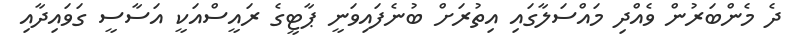
ދެ މެންބަރުން ވެއްދި މައްސަލާގައި އިތުރަށް ބުނެފައިވަނީ ޕާޓީގެ ރައީސްއަކީ އަސާސީ ގަވައިދާއި